Scottish Leaving Certificate Examination, 1951
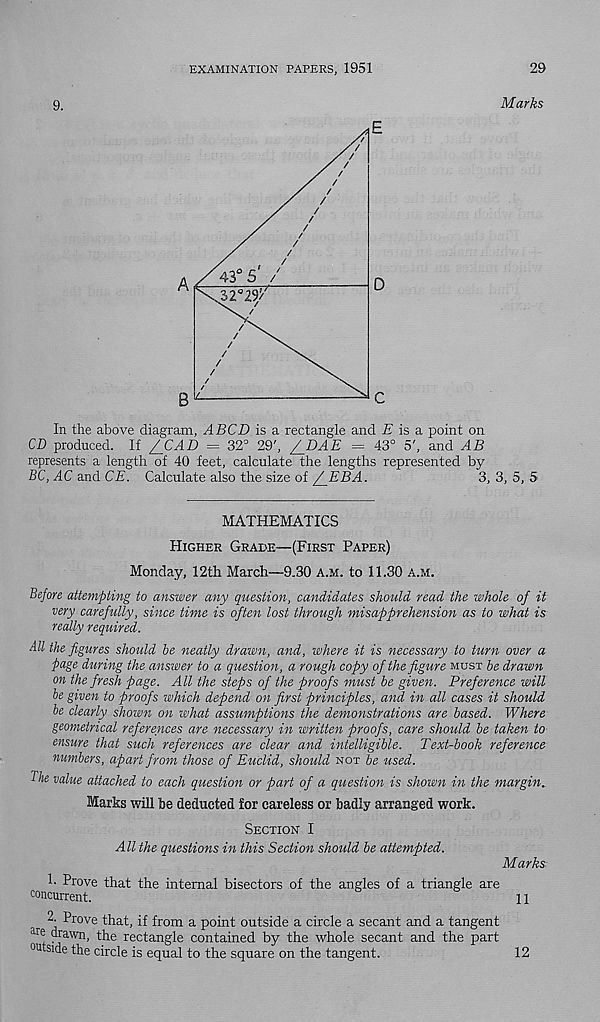
EXAMINATION PAPERS, 1951
29
9.
Marks
In the above diagram, ABCD is a rectangle and ii is a point on
CD produced. If /_CAD = 32° 29', /_DAE = 43° 5', and AB
represents a length of 40 feet, calculate the lengths represented by
BC, AC and CE. Calculate also the size of /JEBA.
3, 3, 5, 5
MATHEMATICS
Higher Grade—(First Paper)
Monday, 12th March—9.30 a.m. to 11.30 a.m.
Before attempting to answer any question, candidates should read the whole of it
very carefully, since time is often lost through misapprehension as to what is
really required.
All the figures should he neatly drawn, and, where it is necessary to turn over a
page during the answer to a question, a rough copy of the figure must he drawn
on the fresh page. All the steps of the proofs must he given. Preference will
he given to proofs which depend on first principles, and in all cases it should
he clearly shown on what assumptions the demonstrations are based. Where
geometrical references are necessary in written proofs, care should he taken to
ensure that such references are clear and intelligible. Text-book reference
numbers, apart from those of Euclid, should not be used.
The value attached to each question or part of a question is shown in the margin.
Marks will he deducted for careless or badly arranged work.
Section I
All the questions in this Section should be attempted.
Marks
1- Prove that the internal bisectors of the angles of a triangle are
concurrent.
11
Prove that, if from a point outside a circle a secant and a tangent
ar e drawn, the rectangle contained by the whole secant and the part
°utside the circle is equal to the square on the tangent.
12